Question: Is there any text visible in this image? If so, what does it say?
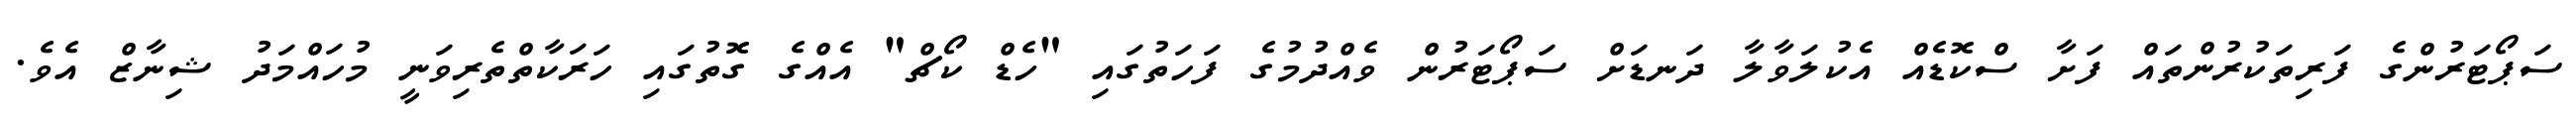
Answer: ސަޕޯޓަރުންގެ ފަރިތަކުރުންތައް ފަށާ ސްކޮޑެއް އެކުލަވާލާ ދަނޑަށް ސަޕޯޓަރުން ވެއްދުމުގެ ފަހަތުގައި "ހެޑް ކޯޗް" އެއްގެ ގޮތުގައި ހަރަކާތްތެރިވަނީ މުހައްމަދު ޝިނާޒް އެވެ.